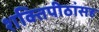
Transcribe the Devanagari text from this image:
शक्तिपीठांसह